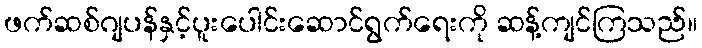
ဖက်ဆစ်ဂျပန်နှင့်ပူးပေါင်းဆောင်ရွက်ရေးကို ဆန့်ကျင်ကြသည်။